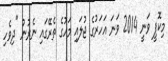
މިކޮޕީ ވަނީ 2014 ވަނަ އަހަރުގެ ޖުލައި މަހުގެ ތެރޭގައި ނެރުނު "ދިވެހި